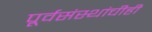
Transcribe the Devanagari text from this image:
पूर्वसंस्थांचीही